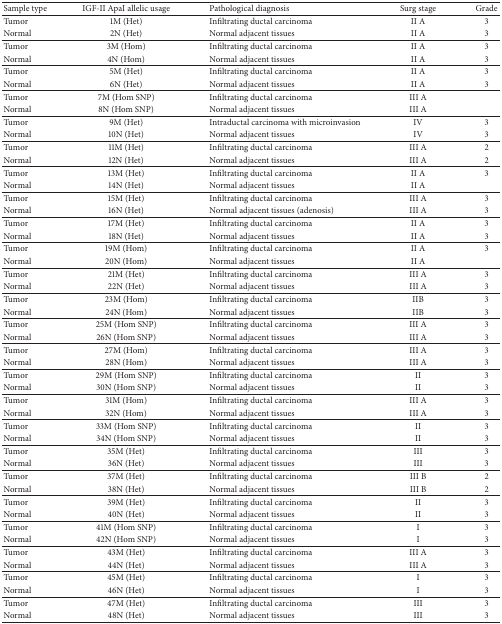
<table><thead><tr><td><b>Sample type</b></td><td><b>IGF-II ApaI allelic usage</b></td><td><b>Pathological diagnosis</b></td><td><b>Surg stage</b></td><td><b>Grade</b></td></tr></thead><tbody><tr><td>Tumor</td><td>1M (Het)</td><td>Infiltrating ductal carcinoma</td><td>II A</td><td>3</td></tr><tr><td>Normal</td><td>2N (Het)</td><td>Normal adjacent tissues</td><td>II A</td><td>3</td></tr><tr><td>Tumor</td><td>3M (Hom)</td><td>Infiltrating ductal carcinoma</td><td>II A</td><td>3</td></tr><tr><td>Normal</td><td>4N (Hom)</td><td>Normal adjacent tissues</td><td>II A</td><td>3</td></tr><tr><td>Tumor</td><td>5M (Het)</td><td>Infiltrating ductal carcinoma</td><td>II A</td><td>3</td></tr><tr><td>Normal</td><td>6N (Het)</td><td>Normal adjacent tissues</td><td>II A</td><td>3</td></tr><tr><td>Tumor</td><td>7M (Hom SNP)</td><td>Infiltrating ductal carcinoma</td><td>III A</td><td> </td></tr><tr><td>Normal</td><td>8N (Hom SNP)</td><td>Normal adjacent tissues</td><td>III A</td><td> </td></tr><tr><td>Tumor</td><td>9M (Het)</td><td>Intraductal carcinoma with microinvasion</td><td>IV</td><td>3</td></tr><tr><td>Normal</td><td>10N (Het)</td><td>Normal adjacent tissues</td><td>IV</td><td>3</td></tr><tr><td>Tumor</td><td>11M (Het)</td><td>Infiltrating ductal carcinoma</td><td>III A</td><td>2</td></tr><tr><td>Normal</td><td>12N (Het)</td><td>Normal adjacent tissues</td><td>III A</td><td>2</td></tr><tr><td>Tumor</td><td>13M (Het)</td><td>Infiltrating ductal carcinoma </td><td>II A</td><td>3</td></tr><tr><td>Normal</td><td>14N (Het)</td><td>Normal adjacent tissues</td><td>II A</td><td> </td></tr><tr><td>Tumor</td><td>15M (Het)</td><td>Infiltrating ductal carcinoma</td><td>III A</td><td>3</td></tr><tr><td>Normal</td><td>16N (Het)</td><td>Normal adjacent tissues (adenosis)</td><td>III A</td><td>3</td></tr><tr><td>Tumor</td><td>17M (Het)</td><td>Infiltrating ductal carcinoma</td><td>II A</td><td>3</td></tr><tr><td>Normal</td><td>18N (Het)</td><td>Normal adjacent tissues</td><td>II A</td><td>3</td></tr><tr><td>Tumor</td><td>19M (Hom)</td><td>Infiltrating ductal carcinoma</td><td>II A</td><td>3</td></tr><tr><td>Normal</td><td>20N (Hom)</td><td>Normal adjacent tissues</td><td>II A</td><td> </td></tr><tr><td>Tumor</td><td>21M (Het)</td><td>Infiltrating ductal carcinoma</td><td>III A</td><td>3</td></tr><tr><td>Normal</td><td>22N (Het)</td><td>Normal adjacent tissues</td><td>III A</td><td>3</td></tr><tr><td>Tumor</td><td>23M (Hom)</td><td>Infiltrating ductal carcinoma</td><td>IIB</td><td>3</td></tr><tr><td>Normal</td><td>24N (Hom)</td><td>Normal adjacent tissues</td><td>IIB</td><td>3</td></tr><tr><td>Tumor</td><td>25M (Hom SNP)</td><td>Infiltrating ductal carcinoma</td><td>III A</td><td>3</td></tr><tr><td>Normal</td><td>26N (Hom SNP)</td><td>Normal adjacent tissues</td><td>III A</td><td>3</td></tr><tr><td>Tumor</td><td>27M (Hom)</td><td>Infiltrating ductal carcinoma</td><td>III A</td><td>3</td></tr><tr><td>Normal</td><td>28N (Hom)</td><td>Normal adjacent tissues</td><td>III A</td><td>3</td></tr><tr><td>Tumor</td><td>29M (Hom SNP)</td><td>Infiltrating ductal carcinoma</td><td>II </td><td>3</td></tr><tr><td>Normal</td><td>30N (Hom SNP)</td><td>Normal adjacent tissues</td><td>II </td><td>3</td></tr><tr><td>Tumor</td><td>31M (Hom)</td><td>Infiltrating ductal carcinoma</td><td>III A</td><td>3</td></tr><tr><td>Normal</td><td>32N (Hom)</td><td>Normal adjacent tissues</td><td>III A</td><td>3</td></tr><tr><td>Tumor</td><td>33M (Hom SNP)</td><td>Infiltrating ductal carcinoma</td><td>II</td><td>3</td></tr><tr><td>Normal</td><td>34N (Hom SNP)</td><td>Normal adjacent tissues</td><td>II</td><td>3</td></tr><tr><td>Tumor</td><td>35M (Het)</td><td>Infiltrating ductal carcinoma</td><td>III</td><td>3</td></tr><tr><td>Normal</td><td>36N (Het)</td><td>Normal adjacent tissues</td><td>III</td><td>3</td></tr><tr><td>Tumor</td><td>37M (Het)</td><td>Infiltrating ductal carcinoma</td><td>III B</td><td>2</td></tr><tr><td>Normal</td><td>38N (Het)</td><td>Normal adjacent tissues</td><td>III B</td><td>2</td></tr><tr><td>Tumor</td><td>39M (Het)</td><td>Infiltrating ductal carcinoma</td><td>II</td><td>3</td></tr><tr><td>Normal</td><td>40N (Het)</td><td>Normal adjacent tissues</td><td>II</td><td>3</td></tr><tr><td>Tumor</td><td>41M (Hom SNP)</td><td>Infiltrating ductal carcinoma</td><td>I</td><td>3</td></tr><tr><td>Normal</td><td>42N (Hom SNP)</td><td>Normal adjacent tissues</td><td>I</td><td>3</td></tr><tr><td>Tumor</td><td>43M (Het)</td><td>Infiltrating ductal carcinoma</td><td>III A</td><td>3</td></tr><tr><td>Normal</td><td>44N (Het)</td><td>Normal adjacent tissues</td><td>III A</td><td>3</td></tr><tr><td>Tumor</td><td>45M (Het)</td><td>Infiltrating ductal carcinoma</td><td>I</td><td>3</td></tr><tr><td>Normal</td><td>46N (Het)</td><td>Normal adjacent tissues</td><td>I</td><td>3</td></tr><tr><td>Tumor</td><td>47M (Het)</td><td>Infiltrating ductal carcinoma</td><td>III</td><td>3</td></tr><tr><td>Normal</td><td>48N (Het)</td><td>Normal adjacent tissues</td><td>III</td><td>3</td></tr></tbody></table>